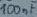
Text: 100nF